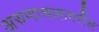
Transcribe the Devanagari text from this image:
अरुणाचलावरील